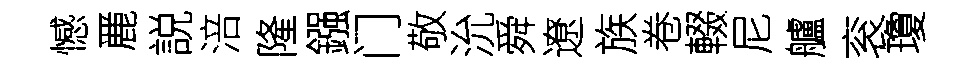
憾䴡説涪隆鏹门敬沇舜遼族卷輟尼艫衮瓊